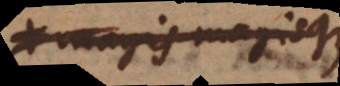
magis magisque